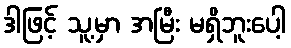
ဒါဖြင့် သူ့မှာ အမြီး မရှိဘူးပေါ့